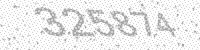
Solution: 325874